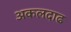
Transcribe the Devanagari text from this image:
अकलदाढ